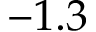
- 1 . 3